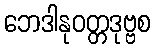
ဘေဒါနုဝတ္တဒုဗ္ဗစ